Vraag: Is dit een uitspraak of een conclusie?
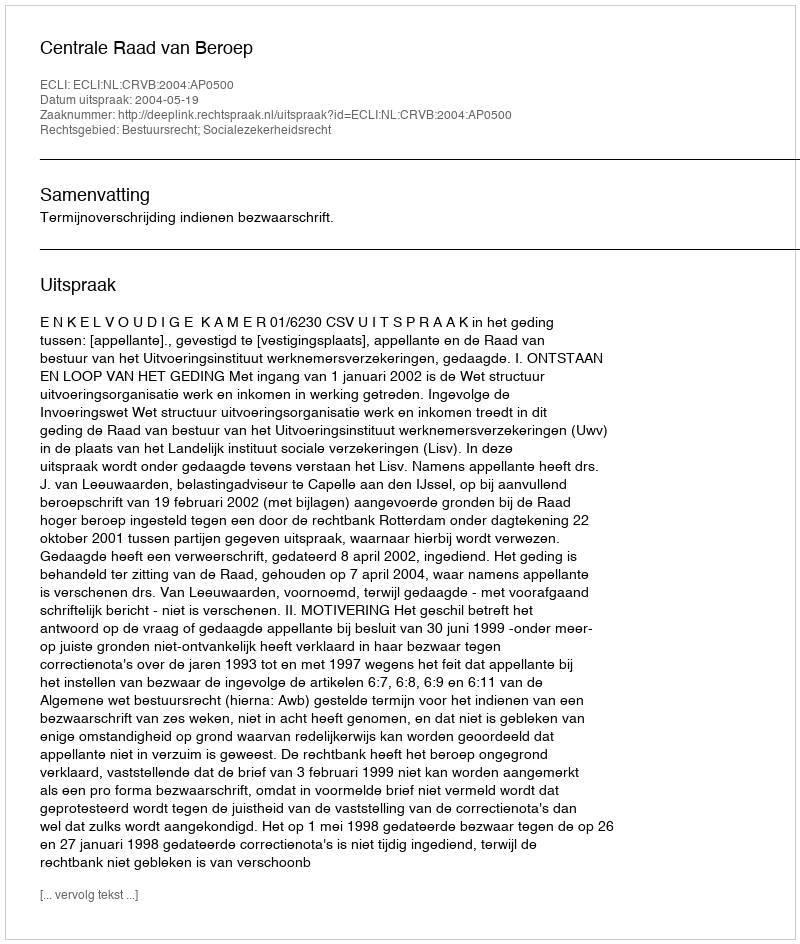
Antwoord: Uitspraak